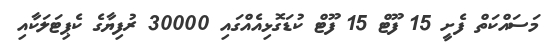
މަސައްކަތް ފެށީ 15 ފޫޓް 15 ފޫޓް ކުޑަގޮޅިއެއްގައި 30000 ރުފިޔާގެ ކެޕިޓަލަކާއި